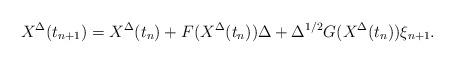
LaTeX: \begin{align*}X^\Delta(t_{n+1}) = X^\Delta(t_{n}) + F(X^\Delta(t_{n}) ) \Delta + \Delta^{1/2} G(X^\Delta(t_{n}) ) \xi_{n+1}.\end{align*}